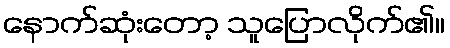
နောက်ဆုံးတော့ သူပြောလိုက်၏။